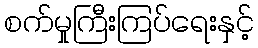
စက်မှုကြီးကြပ်ရေးနှင့်